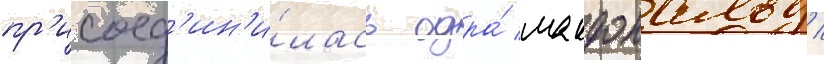
пр'исоед'ин'и́лась одра́ макдональд /